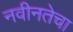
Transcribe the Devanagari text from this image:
नवीनतेचा